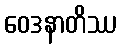
ဝေဒနာတိဿ